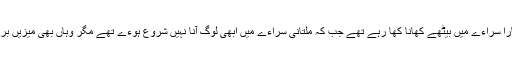
سورج ڈوب چکا تھا اور لوگ بخارا سراءے میں بیٹھے کھانا کھا رہے تھے جب کہ ملتانی سراءے میں ابھی لوگ آنا نہیں شروع ہوءے تھے مگر وہاں بھی میزیں برتنوں اور گلاسوں سے سجی تھیں۔